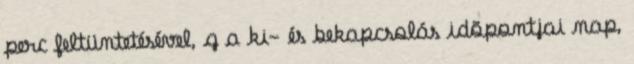
perc feltüntetésével, g a ki- és bekapcsolás idõpontjai nap,